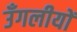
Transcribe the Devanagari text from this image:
उँगलीयों